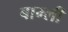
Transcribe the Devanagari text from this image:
बाम्ली